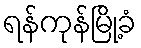
ရန်ကုန်မြို့ခံ